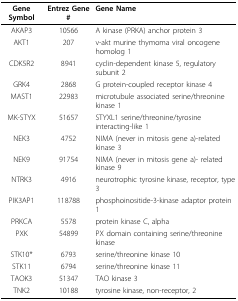
<table><thead><tr><td><b>Gene Symbol</b></td><td><b>Entrez Gene #</b></td><td><b>Gene Name</b></td></tr></thead><tbody><tr><td>AKAP3</td><td>10566</td><td>A kinase (PRKA) anchor protein 3</td></tr><tr><td>AKT1</td><td>207</td><td>v-akt murine thymoma viral oncogene homolog 1</td></tr><tr><td>CDK5R2</td><td>8941</td><td>cyclin-dependent kinase 5, regulatory subunit 2</td></tr><tr><td>GRK4</td><td>2868</td><td>G protein-coupled receptor kinase 4</td></tr><tr><td>MAST1</td><td>22983</td><td>microtubule associated serine/threonine kinase 1</td></tr><tr><td>MK-STYX</td><td>51657</td><td>STYXL1 serine/threonine/tyrosine interacting-like 1</td></tr><tr><td>NEK3</td><td>4752</td><td>NIMA (never in mitosis gene a)-related kinase 3</td></tr><tr><td>NEK9</td><td>91754</td><td>NIMA (never in mitosis gene a)- related kinase 9</td></tr><tr><td>NTRK3</td><td>4916</td><td>neurotrophic tyrosine kinase, receptor, type 3</td></tr><tr><td>PIK3AP1</td><td>118788</td><td>phosphoinositide-3-kinase adaptor protein 1</td></tr><tr><td>PRKCA</td><td>5578</td><td>protein kinase C, alpha</td></tr><tr><td>PXK</td><td>54899</td><td>PX domain containing serine/threonine kinase</td></tr><tr><td>STK10*</td><td>6793</td><td>serine/threonine kinase 10</td></tr><tr><td>STK11</td><td>6794</td><td>serine/threonine kinase 11</td></tr><tr><td>TAOK3</td><td>51347</td><td>TAO kinase 3</td></tr><tr><td>TNK2</td><td>10188</td><td>tyrosine kinase, non-receptor, 2</td></tr></tbody></table>